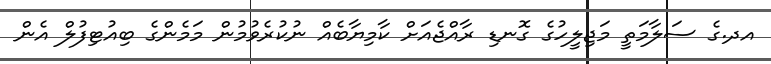
އދ.ގެ ސަލާމަތީ މަޖިލީހުގެ ގޮނޑި ރާއްޖެއަށް ކާމިޔާބެއް ނުކުރެވުމުން މަމެންގެ ބިއުޓިފުލް އެން